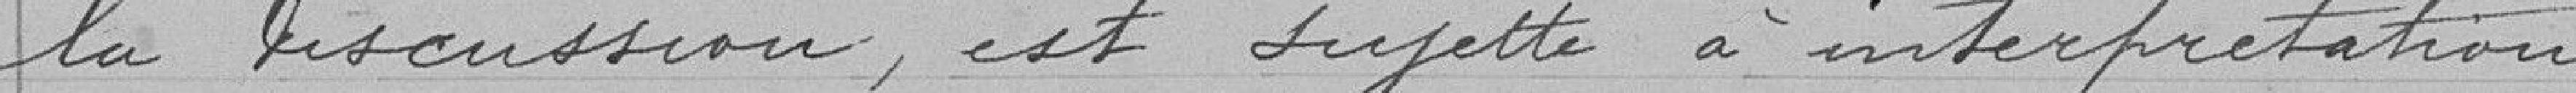
la discussion, est sujette à interprétation.